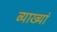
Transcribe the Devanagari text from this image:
व्याख्यां